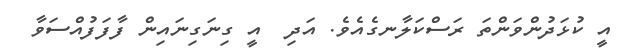
އީ ކުޅަދުންވަންތަ ރަސްކަލާނގެއެވެ. އަދި  އީ ގިނަގިނައިން ފާފަފުއްސަވާ